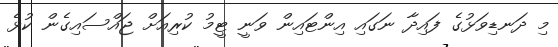
މި ދަނޑިވަޅުގެ ފައިދާ ނަގައި އިންޓައިން ވަނީ ޓީމު ކުރިއަށް ޖައްސައިގެން ކުޅެ